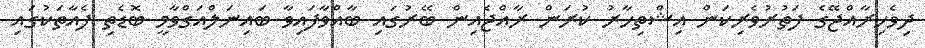
ދިވެހިރާއްޖޭގެ ފަތުރުވެރިކަން އިޝްތިހާރު ކުރަން ރާއްޖެއިން ބޭރުގައި ބާއްވާފައިވާ ބައިނަލްއަގްވާމީ ބޮޑެތި ފެއާތަކުގައި